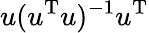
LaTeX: u(u^{\mathrm{T}}u)^{-1}u^{\mathrm{T}}